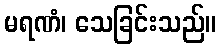
မရဏံ၊ သေခြင်းသည်။